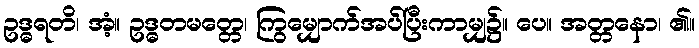
ဥဒ္ဓရတိ၊ အံ့။ ဥဒ္ဓတမတ္တေ၊ ကြွမျှောက်အပ်ပြီးကာမျှ၌။ ပေ။ အတ္တနော၊ ၏။